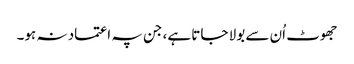
جھوٹ اُن سے بولا جاتا ہے، جن پہ اعتماد نہ ہو۔